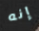
إنه